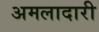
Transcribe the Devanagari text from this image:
अमलादारी